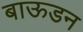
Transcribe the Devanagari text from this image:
बाऊडन